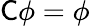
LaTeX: {\mathsf{C}}\phi=\phi